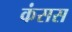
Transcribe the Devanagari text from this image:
कंसस